Report of the Indian Hemp Drugs Commission, 1894-1895 - Volume VI
Year: 1894
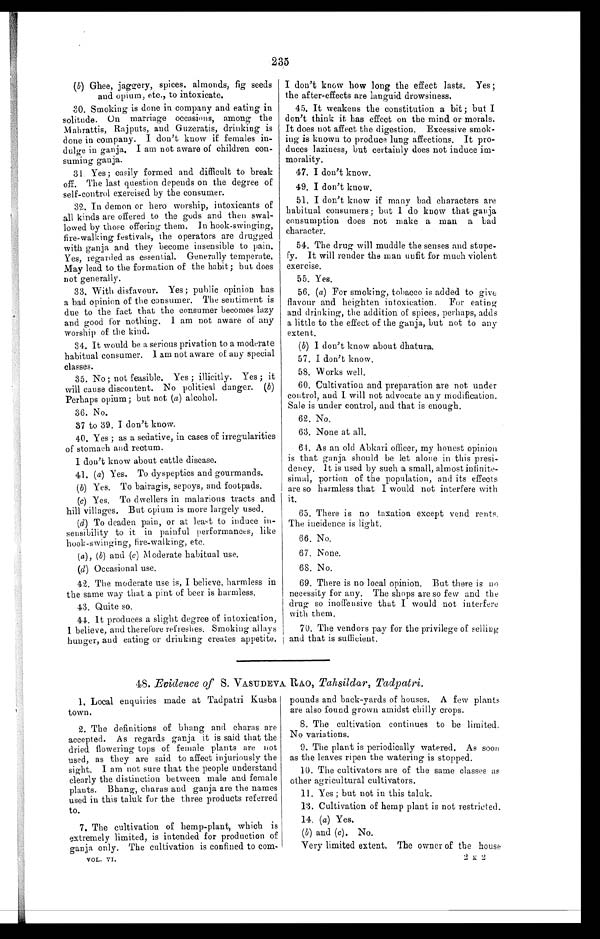
235
( b) Ghee, jaggery, spices, almonds, fig seeds
and opium, etc., to intoxicate.
30. Smoking is done in company and eating in
solitude. On marriage occasions, among the
Mahrattis, Rajputs, and Guzeratis, drinking is
done in company. I don't know if females in-
dulge in ganja. I am not aware of children con-
suming ganja.
31 Yes ; easily formed and difficult to break
off. The last question depends on the degree of
self-control exercised by the consumer.
32. In demon or hero worship, intoxicants of
all kinds are offered to the gods and then swal-
lowed by those offering them. In hook-swinging,
fire-walking festivals, the operators are drugged
with ganja and they become insensible to pain.
Yes, regarded as essential. Generally temperate.
May lead to the formation of the habit; but does
not generally.
33. With disfavour. Yes; public opinion has
a bad opinion of the consumer. The sentiment is
due to the fact that the consumer becomes lazy
and good for nothing. I am not aware of any
worship of the kind.
34. It would be a serious privation to a moderate
habitual consumer. I am not aware of any special
classes.
35. No; not feasible. Yes ; illicitly. Yes ; it
will cause discontent. No political danger. (b)
Perhaps opium; but not (a ) alcohol.
36. No.
37 to 39. I don't know.
40. Yes ; as a sedative, in cases of irregularities
of stomach and rectum.
I don't know about cattle disease.
41. (a) Yes. To dyspeptics and gourmands.
(b) Yes. To bairagis, sepoys, and footpads.
(c) Yes. To dwellers in malarious tracts and
hill villages. But opium is more largely used.
(d) To deaden pain, or at least to induce in-
sensibility to it in painful performances, like
hook-swinging, fire-walking, etc.
(a ), ( b ) and (c ) Moderate habitual use.
(d) Occasional use.
42. The moderate use is, I believe, harmless in
the same way that a pint of beer is harmless.
43. Quite so.
44. It produces a slight degree of intoxication,
I believe, and therefore refreshes. Smoking allays
hunger, and eating or drinking creates appetite.
I don't know how long the effect lasts. Yes;
the after-effects are languid drowsiness.
45. It weakens the constitution a bit; but I
don't think it has effect on the mind or morals.
It does not affect the digestion. Excessive smok-
ing is known to produce lung affections. It pro-
duces laziness, but certainly does not induce im-
morality.
47. I don't know.
49. I don't know.
51. I don't know if many bad characters are
habitual consumers; but I do know that ganja
consumption does not make a man a bad
character.
54. The drug will muddle the senses and stupe-
fy. It will render the man unfit for much violent
exercise.
55. Yes.
56. ( a ) For smoking, tobacco is added to give
flavour and heighten intoxication. For eating
and drinking, the addition of spices, perhaps, adds
a little to the effect of the ganja, but not to any
extent.
( b ) I don't know about dhatura.
57. I don't know.
58. Works well.
60. Cultivation and preparation are not under
control, and I will not advocate an y modification.
Sale is under control, and that is enough.
62. No.
63. None at all.
64. As an old Abkari officer, my honest opinion
is that ga nja should be let alone in this presi-
dency. It is used by such a small, almost infinite-
simal, portion of the population, and its effects
are so harmless that I would not interfere with
it.
65. There is no taxation except vend rents.
The incidence is light.
66. No.
67. None.
68. No.
69. There is no local opinion. But there is no
necessity for any. The shops are so few and the
drug so inoffensive that I would not interfere
with them.
70. The vendors pay for the privilege of selling
and that is sufficient.
48. Evidence of S. VASUDEVA. RAO, Tahsildar, Tadpatri.
1. Local enquiries made at Tadpatri Kusba
town.
2. The definitions of bhang and charas are
accepted. As regards ganja it is said that the
dried flowering tops of female plants are not
used, as they are said to affect injuriously the
sight. I am not sure that the people understand
clearly the distinction between male and female
plants. Bhang, charas and ganja are the names
used in this taluk for the three products referred
to.
7. The cultivation of hemp - plant, which is
extremely limited, is intended for production of
ganja only. The cultivation is confined to com-
VOL. VI.
pounds and back-yards of houses. A few plants
are also found grown amidst chilly crops.
8. The cultivation continues to be limited.
No variations.
9. The plant is periodically watered. As soon
as the leaves ripen the watering is stopped.
10. The cultivators are of the same classes as
other agricultural cultivators.
11. Yes ; but not in this taluk.
13. Cultivation of hemp plant is not restricted.
14. ( a) Yes.
( b ) and ( c). No.
Very limited extent. The owner of the house
2 K 2